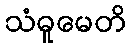
သံဓူမေတိ